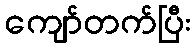
ကျော်တက်ပြီး